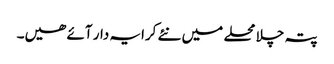
پتہ چلا محلے میں نئے کرایہ دار آئے ھیں۔